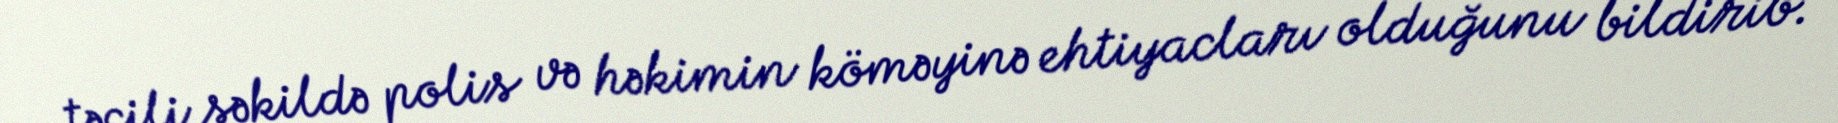
təcili şəkildə polis və həkimin köməyinə ehtiyacları olduğunu bildirib.